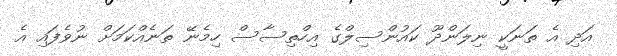
އަދި އެ ތަނަކީ ނިލަންދޫ ކައުންސިލްގެ އިހްތިސާސް ހިމެނޭ ތަނެއްކަމަށް ނުވެފައި އެ